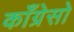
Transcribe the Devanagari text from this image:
काँग्रेसो